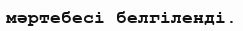
мәртебесі белгіленді.